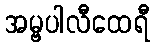
အမ္ဗပါလီထေရီ